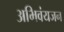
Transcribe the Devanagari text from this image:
अभिवंयजन